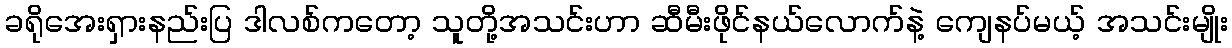
ခရိုအေးရှားနည်းပြ ဒါလစ်ကတော့ သူတို့အသင်းဟာ ဆီမီးဖိုင်နယ်လောက်နဲ့ ကျေနပ်မယ့် အသင်းမျိုး